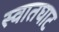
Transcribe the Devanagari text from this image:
स्वातघाट